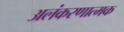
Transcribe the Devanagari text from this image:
अलंकरणात्मक